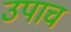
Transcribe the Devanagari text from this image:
उपाच